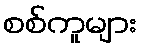
စစ်ကူများ